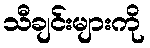
သီချင်းများကို